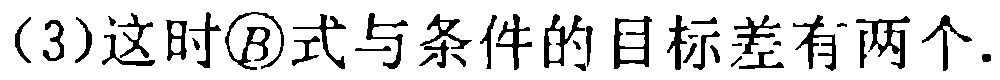
（3）这时\textcircled{B}式与条件的目标差有两个.